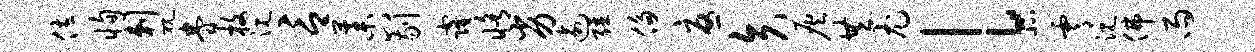
佐恂剌视眷枚沉言藁八剔窿修劣逾强侈忧矢灰共尤l北霄沉佛雨